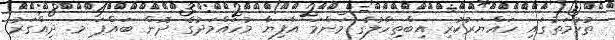
ތުހުމަތުގައި ހައްޔަރުކުރި އިބްތިހާލުގެ މަންމަ އާފިޔާ މުހައްމަދުގެ ދޮން ބައްޕަ މ. ދިއްގަރު